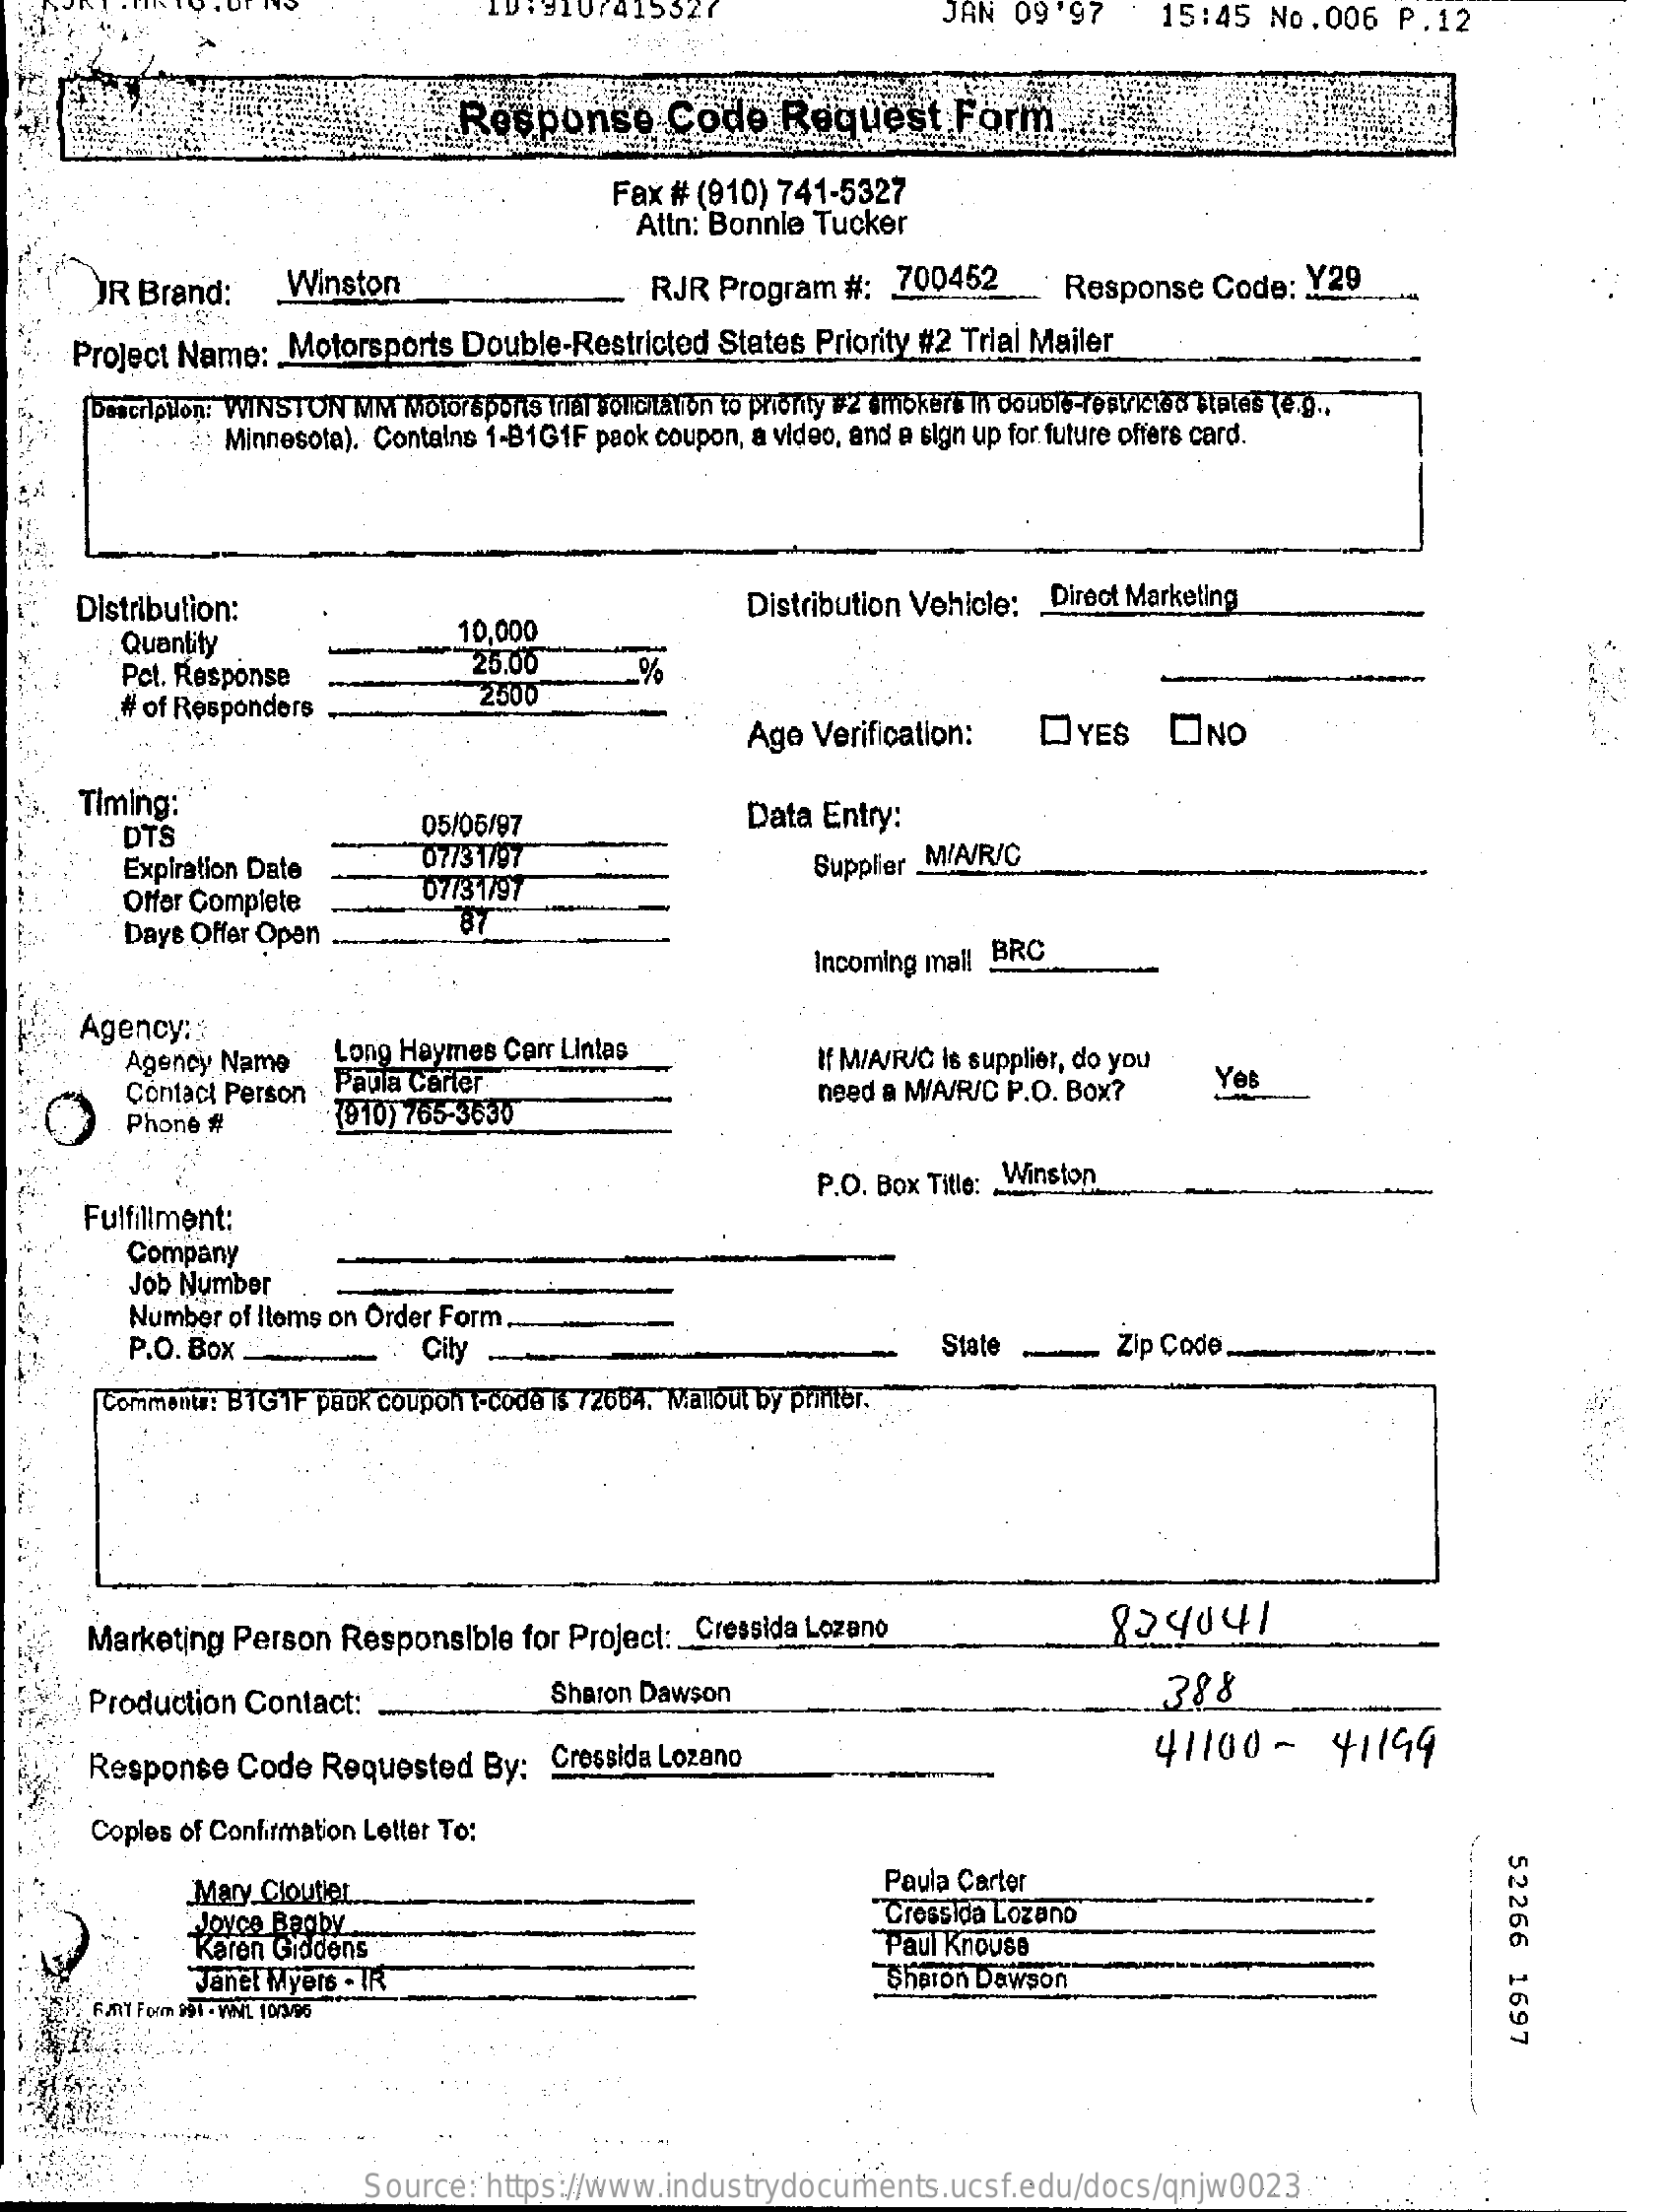
JAN    '97    15:45   No.006    P.12
     Response    Code    Request    Form
     Fax  # (910) 741-5327
     Attn: Bonnle  Tucker
     JR Brand:    Winston    RJR  Program   #:   200452  __   Response    Code:   Y29
     Project Name:    Motorsports   Double-Restricted   States  Priority #2 Trial Mailer
     Description: WINSTON MM Motorsports trial sollicitation to priority #2 smokers In double-restricted states (e.g .,
     Minnesota). Contains 1-B1G1F  paok coupon, a video, and a sign up for future offers card.
     Distribution:
     10,000
     Distribution Vehicle:   Direct Marketing
     Quantity
     Pct. Response    25.00
     # of Responders    2500
     Age  Verification:    DYES    DİNO
     Timing:
     DTS    05/06/97    Data  Entry:
     Expiration Date    0773 1797
     Offer Complete    07/31/97
     Supplier MIA/R/C
     Days Offer Open
     BT
     Incoming mall BRC
     Agency  ::
     Agency  Name    Long Haymes  Carr Lintas
     Paula Carter
     If M/A/R/C is supplier, do you
     Contact Person    need a M/A/R/C P.O. Box?    Yes
     Phone  #    (910) 765-3630
     Winston P.O. Box Title: ...
     Fulfillment:
     Company
     Job Number
     Number of Items on Order Form ..
     P.O. Box    City    State    Zip Code
     Comments: BTGIF paok coupon   -code is 72664. Mallout by printor.
     Marketing   Person  Responsible    for Project:  Cressida Lozano    824041
     Production   Contact:    Sharon Dawson    388
     Response    Code   Requested    By;  Cressida Lozano    41100    -    41199
     Coples of Confirmation Letter To:
     52266
     1697
     Mary Cloutier    Paula Carter
     Joyce Bagby    Cressida Lozano
     Karen Giddens    Paul Knouse
     Janet Myers - TR    Sharon Dawson
     FANNY Form 994 - VANIL 10/3/96
     Source:   https://www.industrydocuments.ucsf.edu/docs/qnjw0023